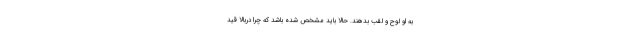
به او لوح و لقب بدهند. حالا باید مشخص شده باشد که چرا دربالا قید